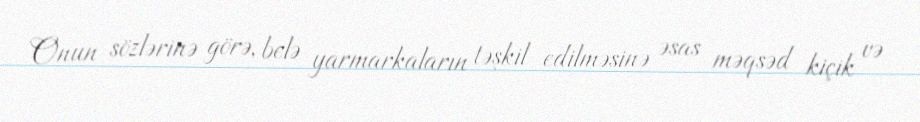
Onun sözlərinə görə, belə yarmarkaların təşkil edilməsinə əsas məqsəd kiçik və